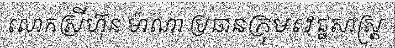
លោកស្រីហ៊ុន ម៉ាណា ប្រធានក្រុមវេជ្ជសាស្ត្រ